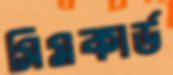
সিমকার্ড